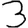
Digit: 3